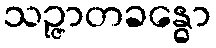
သဉ္ဇာတခန္ဓော